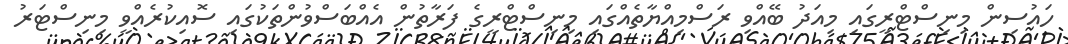
ހައުސިން މިނިސްޓްރީގައި މިއަދު ބޭއްވި ރަސްމިއްޔާތެއްގައި މިނިސްޓްރީގެ ފަރާތުން އެއްބަސްވުންތަކުގައި ސޮއިކުރެއްވީ މިނިސްޓަރު